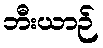
ဘီးယာဉ်